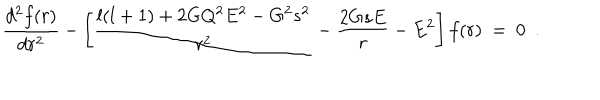
LaTeX: { \frac { d ^ { 2 } f ( r ) } { d r ^ { 2 } } } - \left[ { \frac { l ( l + 1 ) + 2 G Q ^ { 2 } E ^ { 2 } - G ^ { 2 } s ^ { 2 } } { r ^ { 2 } } } - { \frac { 2 G s E } { r } } - E ^ { 2 } \right] f ( r ) ~ = ~ 0 ~ ~ .